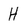
Character: H